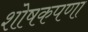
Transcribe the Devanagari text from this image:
शोषकपणा